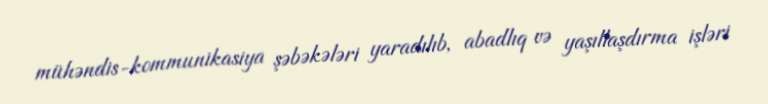
mühəndis-kommunikasiya şəbəkələri yaradılıb, abadlıq və yaşıllaşdırma işləri